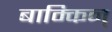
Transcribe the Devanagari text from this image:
बाम्किन्